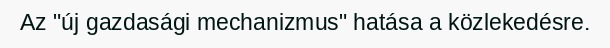
Az "új gazdasági mechanizmus" hatása a közlekedésre.